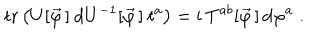
\mathrm { t r } \left( U [ \vec { \varphi } \, ] \: \mathrm { d } U ^ { - 1 } [ \vec { \varphi } \, ] \: t ^ { a } \right) = \mathrm { i } \: T ^ { a b } [ \vec { \varphi } \, ] \, \mathrm { d } \varphi ^ { a } \; .